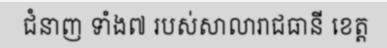
ជំនាញ ទាំង៧ របស់សាលារាជធានី ខេត្ត